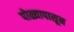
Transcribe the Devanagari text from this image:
पोळ्यापासून